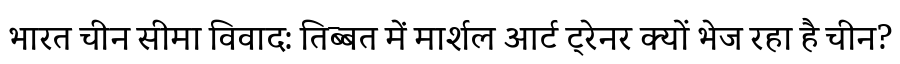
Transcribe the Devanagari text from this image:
भारत चीन सीमा विवाद: तिब्बत में मार्शल आर्ट ट्रेनर क्यों भेज रहा है चीन?